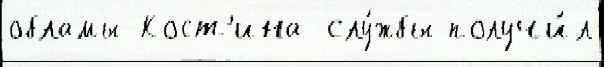
обламы Кост'ина слу́жбы получи́л